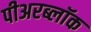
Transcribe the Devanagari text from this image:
पीअरब्लॉक